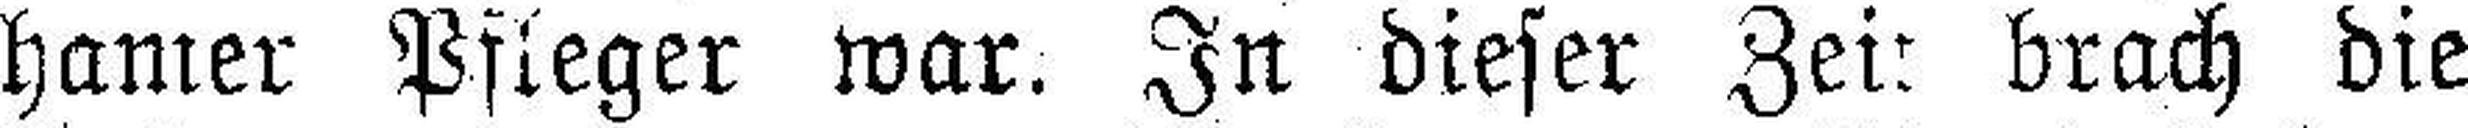
hamer Pfleger war. In dieser Zeit brach die